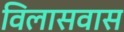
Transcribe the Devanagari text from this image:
विलासवास